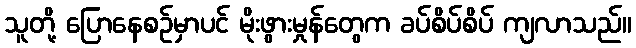
သူတို့ ပြောနေစဉ်မှာပင် မိုးဖွားမှုန်တွေက ခပ်စိပ်စိပ် ကျလာသည်။